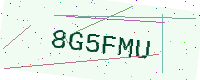
Text: 8G5FMU